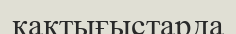
қақтығыстарда